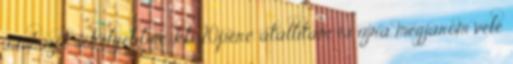
sávhúzót sekélyebbre, kb 20perc átállítani és újra megjárom vele